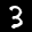
Label: 3